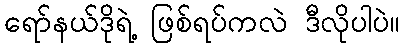
ရော်နယ်ဒိုရဲ့ ဖြစ်ရပ်ကလဲ ဒီလိုပါပဲ။